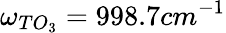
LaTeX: \omega_{TO_{3}}=998.7cm^{-1}